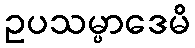
ဥပသမ္ပာဒေမိ